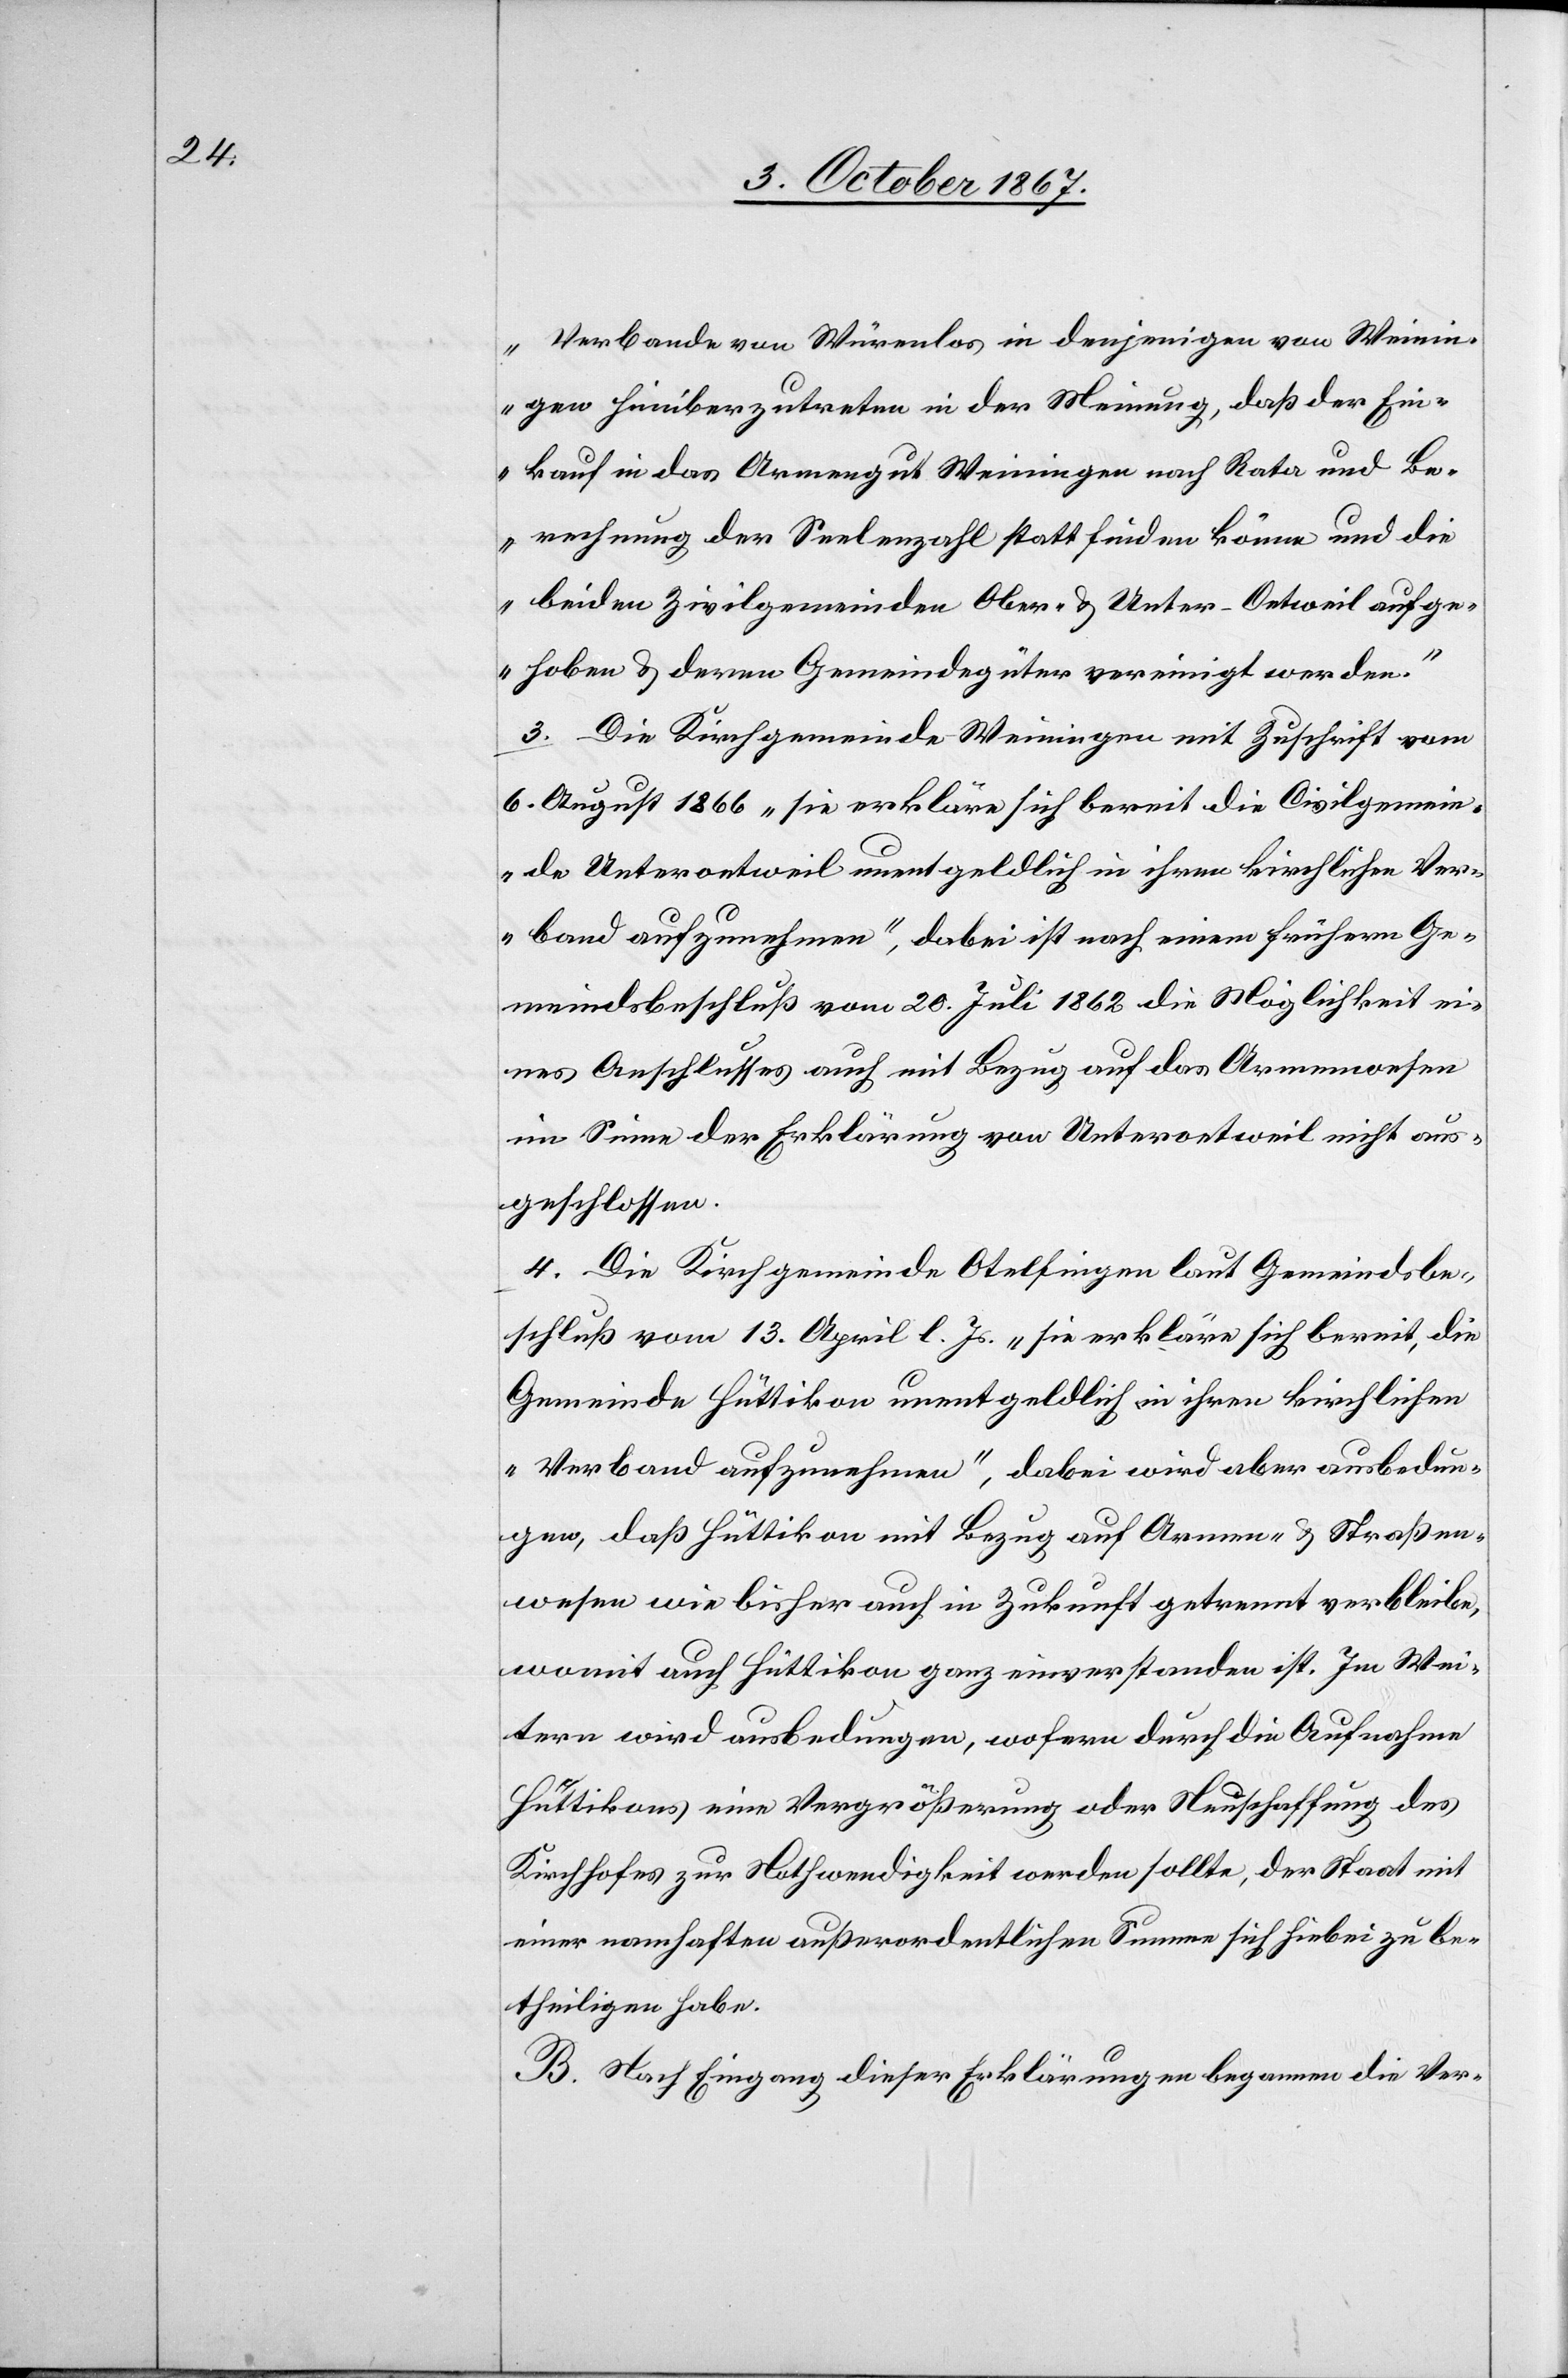
Verbande von Würenlos in denjenigen von Weinin¬
gen hinüberzutreten in der Meinung, daß der Ein¬
kauf in das Armengut Weiningen nach Rata und Be¬
rechnung der Seelenzahl statt finden könne und die
beiden Zivilgemeinden Ober- u. Unter-Oetweil aufge¬
hoben u. deren Gemeindegüter vereinigt werden.“
3. Die Kirchgemeinde Weiningen mit Zuschrift vom
6. August 1866 „sie erkläre sich bereit die Civilgemein¬
de Unteroetweil unentgeldlich in ihren kirchlichen Ver¬
band aufzunehmen“, dabei ist nach einem frühern Ge¬
meindsbeschluß vom 20. Juli 1862 die Möglichkeit ei¬
nes Anschlusses auch mit Bezug auf das Armenwesen
im Sinne der Erklärung von Unteroetweil nicht aus¬
geschlossen.
4. Die Kirchgemeinde Otelfingen laut Gemeindsbe¬
schluß vom 13. April l. Js. „sie erkläre sich bereit, die
Gemeinde Hüttikon unentgeldlich in ihren kirchlichen
Verband aufzunehmen“, dabei wird aber ausbedun¬
gen, daß Hüttikon mit Bezug auf Armen- u. Straßen¬
wesen wie bisher auch in Zukunft getrennt verbleibe,
womit auch Hüttikon ganz einverstanden ist. Im Wei¬
tern wird ausbedungen, wofern durch die Aufnahme
Hüttikons eine Vergrößerung oder Neuschaffung des
Kirchhofes zur Nothwendigkeit werden sollte, der Staat mit
einer namhaften außerordentlichen Summe sich hiebei zu be¬
theiligen habe.
B. Nach Eingang dieser Erklärungen begannen die Ver-